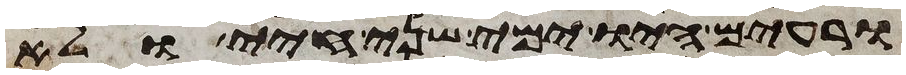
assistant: ורעים היו ימי שני חיי ולא